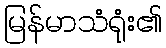
မြန်မာသံရုံး၏